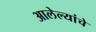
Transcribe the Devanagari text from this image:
आलेल्यांचे